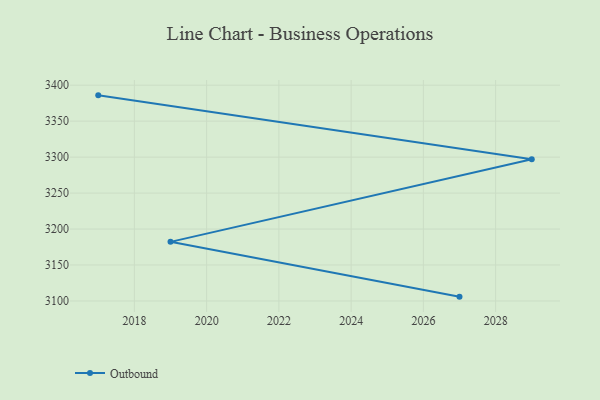
{"axis": {"x": "Year", "y": "Inventory Turnover"}, "legend": ["Outbound"], "data": [{"x": "2027", "y": 3106.0, "type": "Outbound"}, {"x": "2019", "y": 3182.2, "type": "Outbound"}, {"x": "2029", "y": 3297.0, "type": "Outbound"}, {"x": "2017", "y": 3385.9, "type": "Outbound"}]}